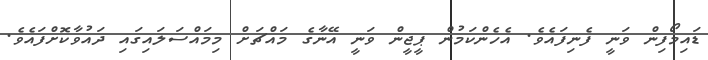
ޑައިމޯފިން ވަނީ ފެނިފައެވެ. އެހެންކަމުން ޕީޖީން ވަނީ އޭނާގެ މައްޗަށް މިމައްސަލައިގައި ދައުވާކޮށްފައެވެ.